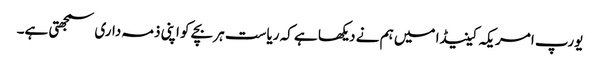
یورپ امریکہ کینیڈا میں ہم نے دیکھا ہے کہ ریاست ہر بچے کو اپنی ذمہ داری سمجھتی ہے۔